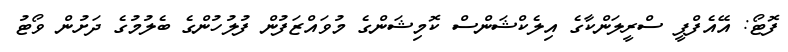
ފޮޓޯ: އޭއެފްޕީ ސްރީލަންކާގެ އިލެކްޝަންސް ކޮމިޝަންގެ މުވައްޒަފުން ފުލުހުންގެ ބެލުމުގެ ދަށުން ވޯޓު